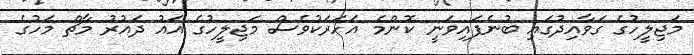
މަޖިލީހުގެ ގަވާއިދުގައި ބުނެފައިވަނީ ކޮންމެ އަހަރަކުވެސް މަޖިލީހުގެ އައު ދައުރު މާޗް މަހުގެ